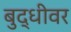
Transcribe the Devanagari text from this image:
बुद्धीवर